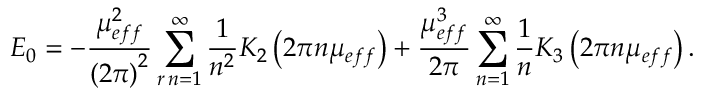
E _ { 0 } = - \frac { \mu _ { e f f } ^ { 2 } } { \left( 2 \pi \right) ^ { 2 } } \sum _ { r \, n = 1 } ^ { \infty } \frac { 1 } { n ^ { 2 } } K _ { 2 } \left( 2 \pi n \mu _ { e f f } \right) + \frac { \mu _ { e f f } ^ { 3 } } { 2 \pi } \sum _ { n = 1 } ^ { \infty } \frac { 1 } { n } K _ { 3 } \left( 2 \pi n \mu _ { e f f } \right) .